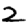
Digit: 2